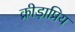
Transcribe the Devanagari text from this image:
क्रीड़ाप्रिय